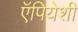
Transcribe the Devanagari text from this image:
ऍपियेशी